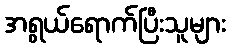
အရွယ်ရောက်ပြီးသူများ